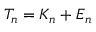
T _ { n } = K _ { n } + E _ { n }